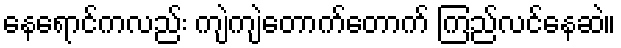
နေရောင်ကလည်း ကျဲကျဲတောက်တောက် ကြည်လင်နေဆဲ။